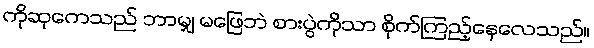
ကိုဆုကေသည် ဘာမျှ မဖြေဘဲ စားပွဲကိုသာ စိုက်ကြည့်နေလေသည်။